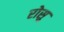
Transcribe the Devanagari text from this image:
रोसु